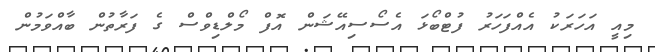
މިއީ އަހަރަކު އެއްފަހަރު ފުޓްބޯޅަ އެސޯސިއޭޝަން އޮފް މޯލްޑިވްސް ގެ ފަރާތުން ބާއްވަމުން